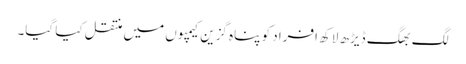
لگ بھگ ڈیڑھ لاکھ افراد کو پناہ گزین کیمپوں میں منتقل کیا گیا۔